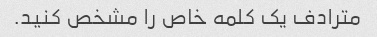
مترادف یک کلمه خاص را مشخص کنید.